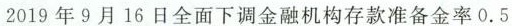
2019年9月16日全面下调金融机构存款准备金率0.5